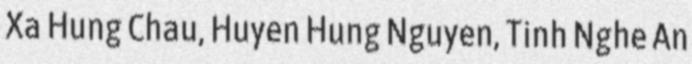
Xa Hung Chau, Huyen Hung Nguyen, Tinh Nghe An